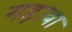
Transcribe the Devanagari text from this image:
गड़ाबा